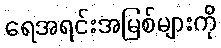
ရေအရင်းအမြစ်များကို